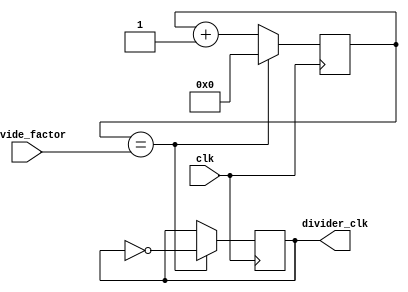
module RippleCounterClockDivider (
    input wire clk, // Input clock signal
    input wire [3:0] divide_factor, // Control signal specifying division factor
    output reg divider_clk // Divided clock output signal
);

reg [3:0] count; // Counter for tracking the number of clock cycles

always @(posedge clk) begin
    if (count == divide_factor) begin
        count <= 0;
        divider_clk <= ~divider_clk; // Invert output signal for frequency division
    end else begin
        count <= count + 1;
    end
end

endmodule